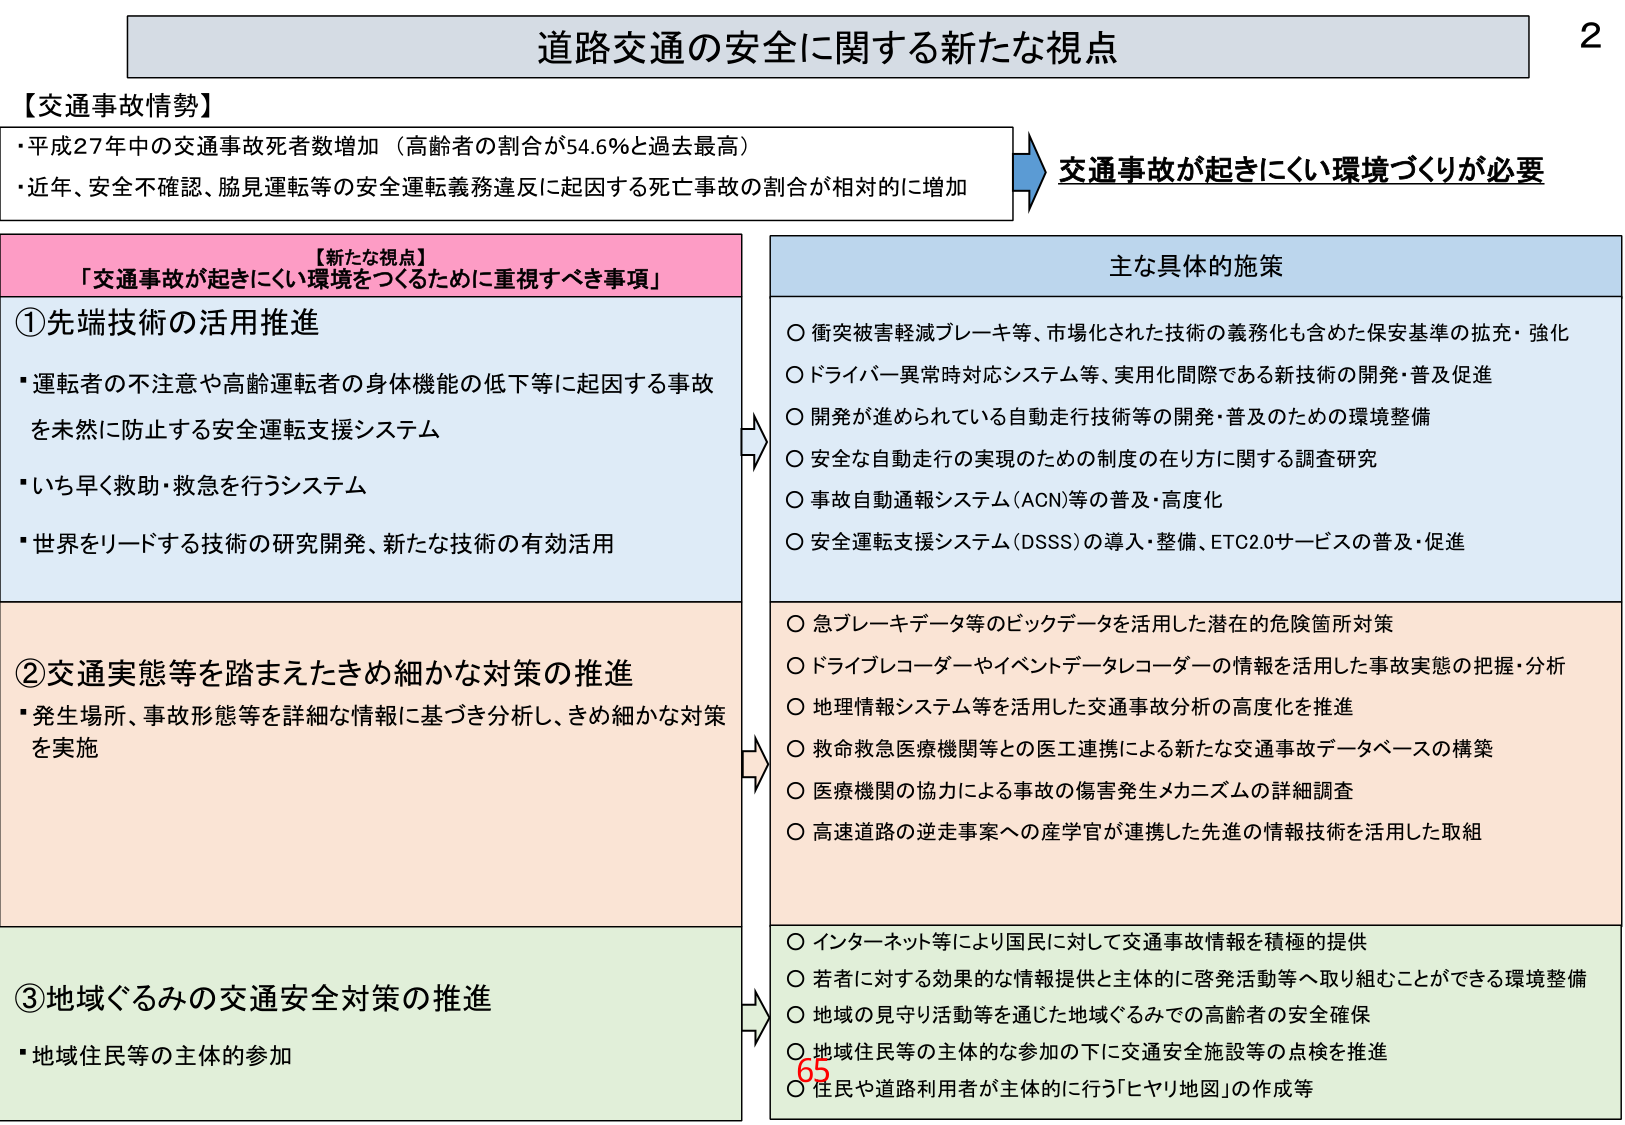
道路交通の安全に関する新たな視点

【交通事故情勢】
・平成27年中の交通事故死者数増加（高齢者の割合が54.6％と過去最高）
・近年、安全不確認、脇見運転等の安全運転義務違反に起因する死亡事故の割合が相対的に増加

交通事故が起きにくい環境づくりが必要

【新たな視点】
「交通事故が起きにくい環境をつくるために重視すべき事項」

①先端技術の活用推進
・運転者の不注意や高齢運転者の身体機能の低下等に起因する事故
を未然に防止する安全運転支援システム
・いち早く救助・救急を行うシステム
・世界をリードする技術の研究開発、新たな技術の有効活用

②交通実態等を踏まえたきめ細かな対策の推進
・発生場所、事故形態等を詳細な情報に基づき分析し、きめ細かな対策
を実施

③地域ぐるみの交通安全対策の推進
・地域住民等の主体的参加

主な具体的施策
○ 衝突被害軽減ブレーキ等、市場化された技術の義務化も含めた保安基準の拡充・強化
○ ドライバー異常時対応システム等、実用化間際である新技術の開発・普及促進
○ 開発が進められている自動走行技術等の開発・普及のための環境整備
○ 安全な自動走行の実現のための制度の在り方に関する調査研究
○ 事故自動通報システム（ACN）等の普及・高度化
○ 安全運転支援システム（DSSS）の導入・整備、ETC2.0サービスの普及・促進

○ 急ブレーキデータ等のビッグデータを活用した潜在的危険箇所対策
○ ドライブレコーダーやイベントデータレコーダーの情報を活用した事故実態の把握・分析
○ 地理情報システム等を活用した交通事故分析の高度化を推進
○ 救命救急医療機関等との医工連携による新たな交通事故データベースの構築
○ 医療機関の協力による事故の傷害発生メカニズムの詳細調査
○ 高速道路の逆走事案への産学官が連携した先進の情報技術を活用した取組

○ インターネット等により国民に対して交通事故情報を積極的提供
○ 若者に対する効果的な情報提供と主体的に啓発活動等へ取り組むことができる環境整備
○ 地域の見守り活動等を通じた地域ぐるみでの高齢者の安全確保
○ 地域住民等の主体的な参加の下に交通安全施設等の点検を推進
○ 住民や道路利用者が主体的に行う「ヒヤリ地図」の作成等

65